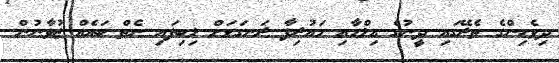
ދިވެހިންގެ ތެރޭގައި ދީނުގެ ޢިލްމާއި މަޢުރިފާ ރަނގަޅަށް ލިބިފައި ނެތް ބައެއް ޒުވާނުން